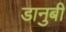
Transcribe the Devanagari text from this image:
डानुबी